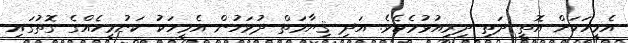
އެމީހަކަށް އޮތީ ދަތި ދިރިއުޅުމެކެވެ. އަދި ޤިޔާމަތް ދުވަހުން އެމީހަކު ކަނުމީހެއްގެ ގޮތުގައި